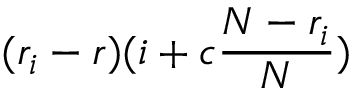
( r _ { i } - r ) ( i + c \frac { N - r _ { i } } { N } )